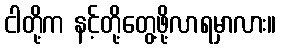
ငါတို့က နင့်တို့တွေ့ဖို့လာရမှာလား။